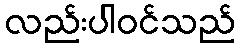
လည်းပါဝင်သည်